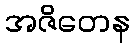
အဇိတေန